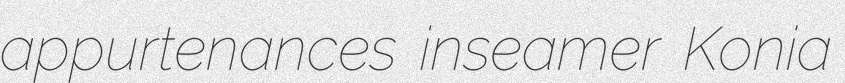
appurtenances inseamer Konia